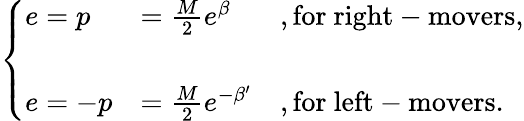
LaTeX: \left\{ \begin{array}{lll}{{e=p}}&{{=\frac{M}{2}e^{\beta}}}&{{,\mathrm{for~right-movers},}}\\ {{}}&{{}}&{{}}\\ {{e=-p}}&{{=\frac{M}{2}e^{-\beta^{\prime}}}}&{{,\mathrm{for~left-movers}.}}\end{array}\right.